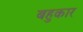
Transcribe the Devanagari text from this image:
बहुकार